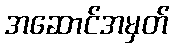
အဆောင်အမှတ်